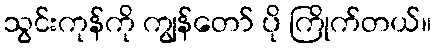
သွင်းကုန်ကို ကျွန်တော် ပို ကြိုက်တယ်။